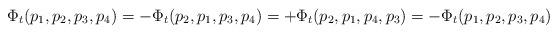
LaTeX: \begin{align*}\Phi_t (p_1,p_2,p_3,p_4) = - \Phi_t (p_2, p_1, p_3,p_4) = + \Phi_t (p_2,p_1,p_4,p_3) =- \Phi_t (p_1,p_2,p_3,p_4 ) \end{align*}